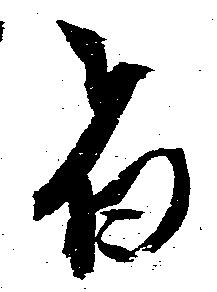
者